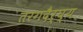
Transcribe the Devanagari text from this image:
तरगदैर्घ्य